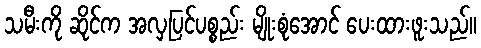
သမီးကို ဆိုင်က အလှပြင်ပစ္စည်း မျိုးစုံအောင် ပေးထားဖူးသည်။